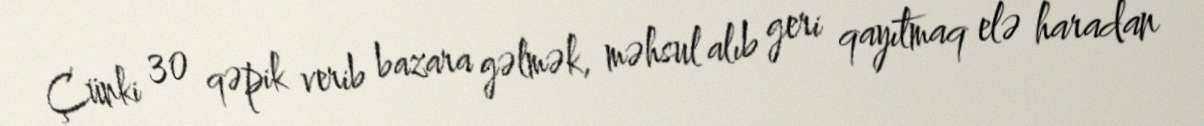
Çünki 30 qəpik verib bazara gəlmək, məhsul alıb geri qayıtmaq elə haradan